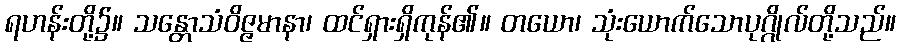
ရဟန်းတို့၌။ သန္တောသံဝိဇ္ဇမာနာ၊ ထင်ရှားရှိကုန်၏။ တယော၊ သုံးယောက်သောပုဂ္ဂိုလ်တို့သည်။